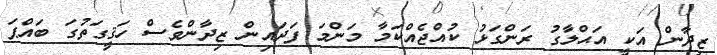
ޒިދާން އަކީ އަޙްލާގު ރަންގަޅު ކުއްޖެއްކަމާ މަންމަ ފަދައިން ޒިދާންވެސް ހަޤީގަތުގަ ބައްޕަ